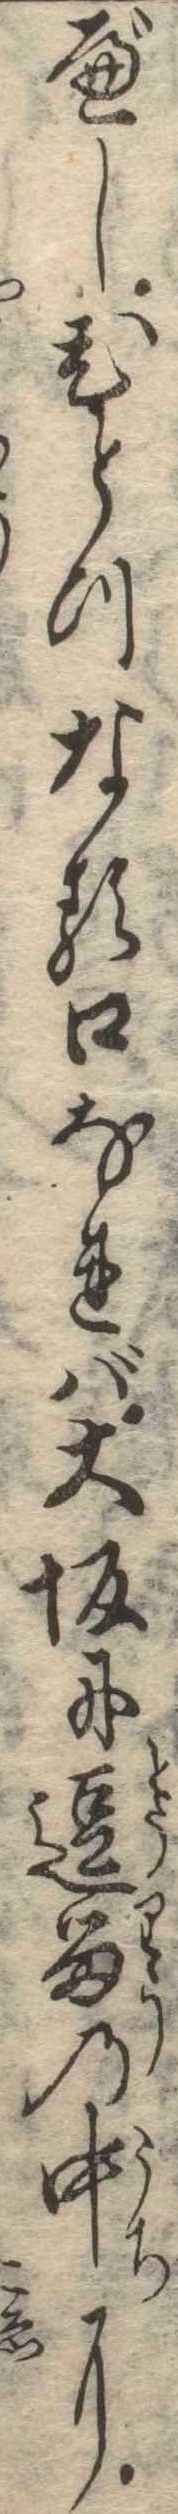
べしひとつなる口なれば大坂に逗留の中に